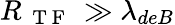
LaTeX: R_{\mathrm{~{~T~F~}~}}\gg\lambda_{deB}